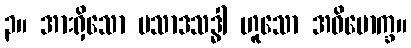
၃။ အားရှိသော ပသာဒသဒ္ဓါ ဟူသော အဓိမောက္ခ။